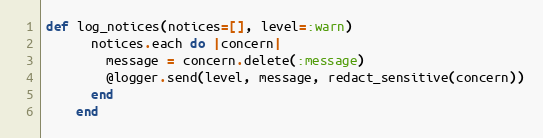
Language: Ruby
def log_notices(notices=[], level=:warn)
      notices.each do |concern|
        message = concern.delete(:message)
        @logger.send(level, message, redact_sensitive(concern))
      end
    end